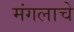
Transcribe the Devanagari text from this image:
मंगलाचे